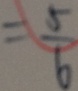
= \frac { 5 } { 6 }